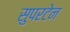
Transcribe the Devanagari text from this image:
सुपरटेन